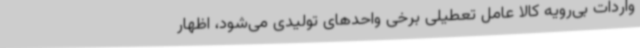
واردات بی‌رویه کالا عامل تعطیلی برخی واحدهای تولیدی می‌شود، اظهار